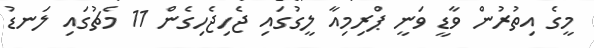
މީގެ އިތުރުން ވާޑީ ވަނީ ޕްރިމިއާ ލީގުގައި ޖެހިޖެހިގެން 11 މެޗުގައި ލަނޑު